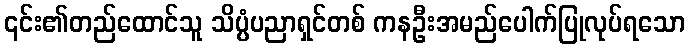
၎င်း၏တည်ထောင်သူ သိပ္ပံပညာရှင်တစ် ကနဦးအမည်ပေါက်ပြုလုပ်ရသော